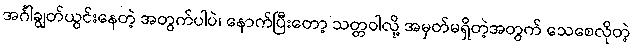
အင်္ဂါချွတ်ယွင်းနေတဲ့ အတွက်ပါပဲ၊ နောက်ပြီးတော့ သတ္တဝါလို့ အမှတ်မရှိတဲ့အတွက် သေစေလိုတဲ့